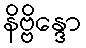
နိဗ္ဗိန္ဒော